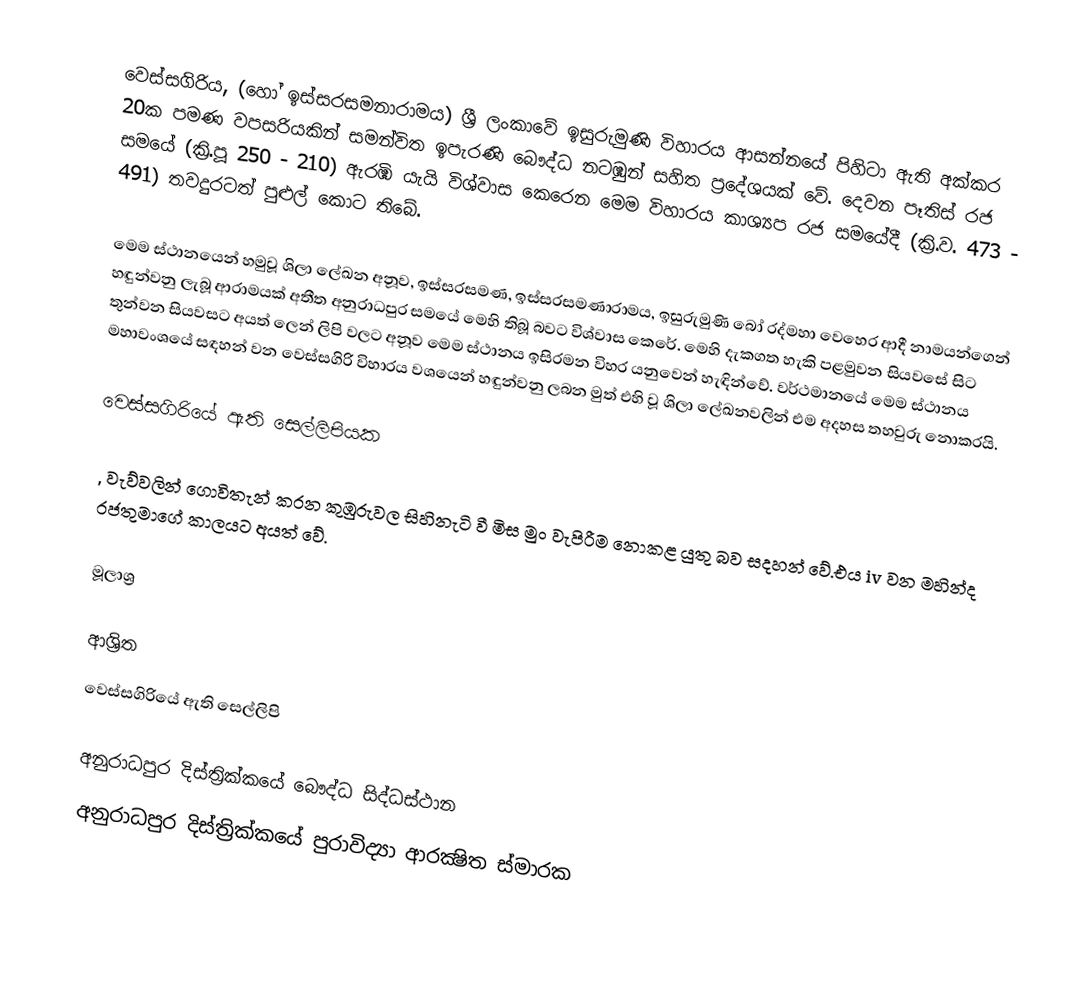
වෙස්සගිරිය, (හෝ ඉස්සරසමනාරාමය) ශ්‍රී ලංකාවේ ඉසුරුමුණි විහාරය ආසන්නයේ පිහිටා ඇති අක්කර 20ක පමණ වපසරියකින් සමන්විත ඉපැරණි බෞද්ධ නටඹුන් සහිත ප්‍රදේශයක් වේ. දෙවන පෑතිස් රජ සමයේ (ක්‍රි.පූ 250 - 210) ඇරඹි යැයි විශ්වාස කෙරෙන මෙම විහාරය කාශ්‍යප රජ සමයේදී (ක්‍රි.ව. 473 - 491) තවදුරටත් පුළුල් කොට තිබේ.

මෙම ස්ථානයෙන් හමුවූ ශිලා ලේඛන අනූව, ඉස්සරසමණ, ඉස්සරසමණාරාමය, ඉසුරුමුණි බෝ රද්මහා වෙහෙර ආදී නාමයන්ගෙන් හඳුන්වනු ලැබූ ආරාමයක් අතීත අනුරාධපුර සමයේ මෙහි තිබූ බවට විශ්වාස කෙරේ. මෙහි දැකගත හැකි පළමුවන සියවසේ සිට තුන්වන සියවසට අයත් ලෙන් ලිපි වලට අනූව මෙම ස්ථානය ඉසිරමන විහර යනුවෙන් හැඳින්වේ. වර්ථමානයේ මෙම ස්ථානය මහාවංශයේ සඳහන් වන වෙස්සගිරි විහාරය වශයෙන් හඳුන්වනු ලබන මුත් එහි වූ ශිලා ලේඛනවලින් එම අදහස තහවුරු නොකරයි.

වෙස්සගිරියේ ඇති සෙල්ලිපියක

, වැව්වලින් ගොවිතැන් කරන කුඹුරුවල සිහිනැටි වී මිස මුං වැපිරීම නොකළ යුතු බව සදහන් වේ.එය iv වන මහින්ද රජතුමාගේ කාලයට අයත් වේ.

මූලාශ්‍ර

ආශ්‍රිත
 වෙස්සගිරියේ ඇති සෙල්ලිපි

අනුරාධපුර දිස්ත්‍රික්කයේ බෞද්ධ සිද්ධස්ථාන‎
අනුරාධපුර දිස්ත්‍රික්කයේ පුරාවිද්‍යා ආරක්‍ෂිත ස්මාරක‎